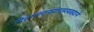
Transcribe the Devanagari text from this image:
निशष्नायाख्यागमत्यख्याने